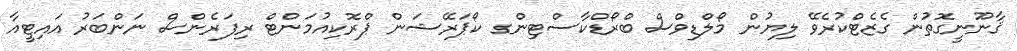
ޤާނޫނީގޮތުން ގެޒެޓްކުރެވޭ ލިޔުން މޯލްޑިވްސް ބްރޯޑްކާސްޓިންގ ކޯޕަރޭޝަން ޕްރޮކިއުމަންޓް ރިފަރެންސް ނަންބަރު އައިޓީއާ